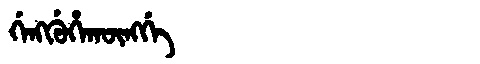
Manchu: ᡤᡝᠩᡤᡠᡥᠠᡴᡡᠩᡤᡝ
Romanization: GENGGUHAKŪNGGE